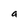
Character: a